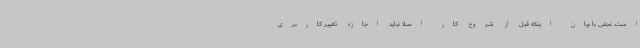
است. نجفی با بیان اینکه قبل از شروع کار اصلا نباید اجازه تغییر کاربری